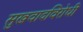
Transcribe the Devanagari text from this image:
सुखवादविरोधी